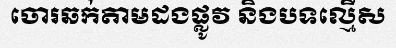
ចោរឆក់តាមដងផ្លូវ និងបទល្មើស